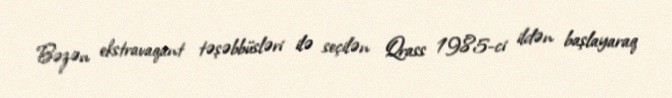
Bəzən ekstravaqant təşəbbüsləri ilə seçilən Qrass 1985-ci ildən başlayaraq